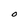
Character: O